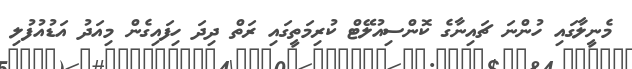
މެނީލާގައި ހުންނަ ޗައިނާގެ ކޮންސިއުލޭޓް ކުރިމަތީގައި ރަތް ދިދަ ހިފައިގެން މިއަދު އަޑުއުފުލި